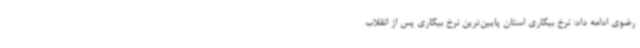
رضوی ادامه داد: نرخ بیکاری استان پایین‌ترین نرخ بیکاری پس از انقلاب